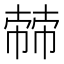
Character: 𢄬